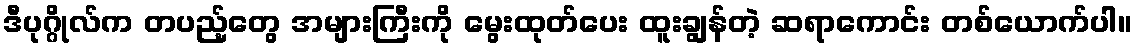
ဒီပုဂ္ဂိုလ်က တပည့်တွေ အများကြီးကို မွေးထုတ်ပေး ထူးချွန်တဲ့ ဆရာကောင်း တစ်ယောက်ပါ။